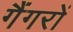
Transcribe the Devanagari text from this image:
गैंगरों